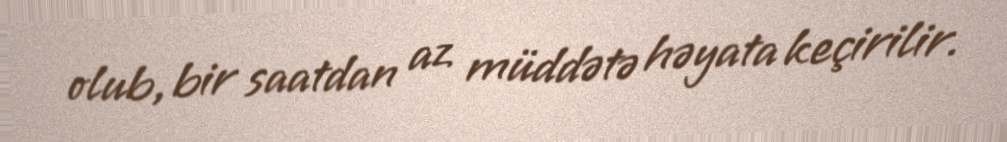
olub, bir saatdan az müddətə həyata keçirilir.